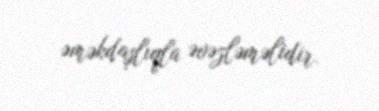
əməkdaşlıqla əvəzləməlidir.